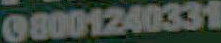
08001240331